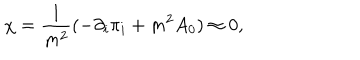
LaTeX: \chi = \frac { 1 } { m ^ { 2 } } ( - \partial _ { i } \pi _ { i } + m ^ { 2 } A _ { 0 } ) \approx 0 ,